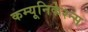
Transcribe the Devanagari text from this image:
कम्यूनिकेश्न्स